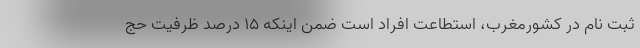
ثبت نام در کشورمغرب، استطاعت افراد است ضمن اینکه ۱۵ درصد ظرفیت حج